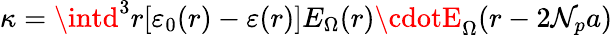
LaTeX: \kappa=\intd^{3}r[\varepsilon_{0}(r)-\varepsilon(r)]E_{\Omega}(r)\cdotE_{\Omega}(r-2\mathcal{N}_{p}a)